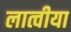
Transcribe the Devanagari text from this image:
लात्वीया